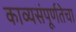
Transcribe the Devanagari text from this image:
काव्यसंपूर्णतेचा